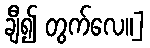
ချီ၍ တွက်လေ။]